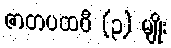
ဇာတပထဝီ (၃) မျိုး